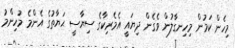
މިހެން ކަމުން މިހިނގާލުން ވެގެން ދިޔައީ އެމެރިކާގެ ސިޔާސީ ޙަޔާތުގެ އެންމެ މުހިންމު